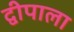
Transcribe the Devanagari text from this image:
द्वीपाला